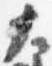
大